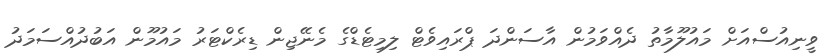
ވީނިއުސްއަށް މައުލޫމާތު ދެއްވަމުން އާސަންދަ ޕްރައިވެޓް ލިމިޓެޑްގެ މެނޭޖިން ޑިރެކްޓަރު މައުމޫން އަބުދުއްސަމަދު